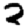
Digit: 2